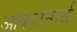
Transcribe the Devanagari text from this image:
आकलनार्थ